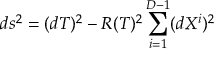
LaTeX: d s ^ { 2 } = ( d T ) ^ { 2 } - R ( T ) ^ { 2 } \sum _ { i = 1 } ^ { D - 1 } ( d X ^ { i } ) ^ { 2 }